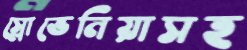
স্লোভেনিয়াসহ